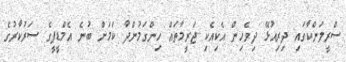
ސްރީލަންކާގައި ދިރިއުޅޭ ދިވެހިން އެކިއެކި ޖަރީމާތައް ހިންގަމުންދާ ކަމަށް ބުނެ އެމްޑީޕީގެ ސަރުކާރުގެ